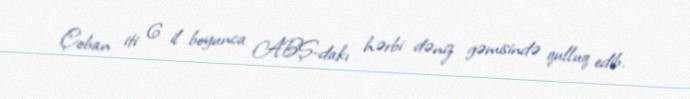
Çoban iti 6 il boyunca ABŞ-dakı hərbi dəniz gəmisində qulluq edib.